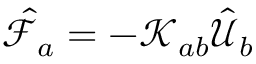
\hat { \mathcal { F } } _ { a } = - \mathcal { K } _ { a b } \hat { \mathcal { U } } _ { b }